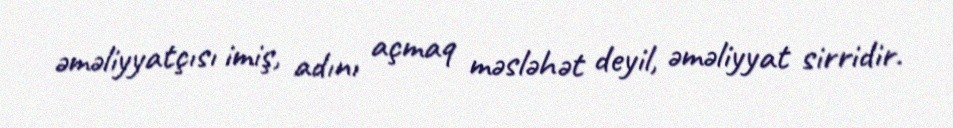
əməliyyatçısı imiş, adını açmaq məsləhət deyil, əməliyyat sirridir.